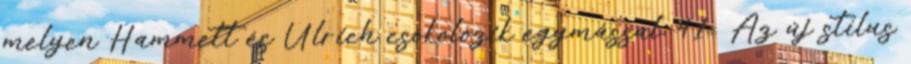
melyen Hammett és Ulrich csókolózik egymással. 41 Az új stílus